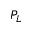
P _ { L }